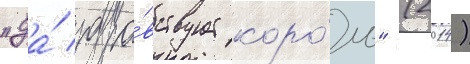
"да́ здра́вствует коро́ль" (2014)